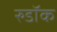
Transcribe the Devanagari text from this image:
रुडॉक